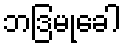
ဘဒြမုခေါ